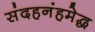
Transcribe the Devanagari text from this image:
संदहनंहमेद्ध